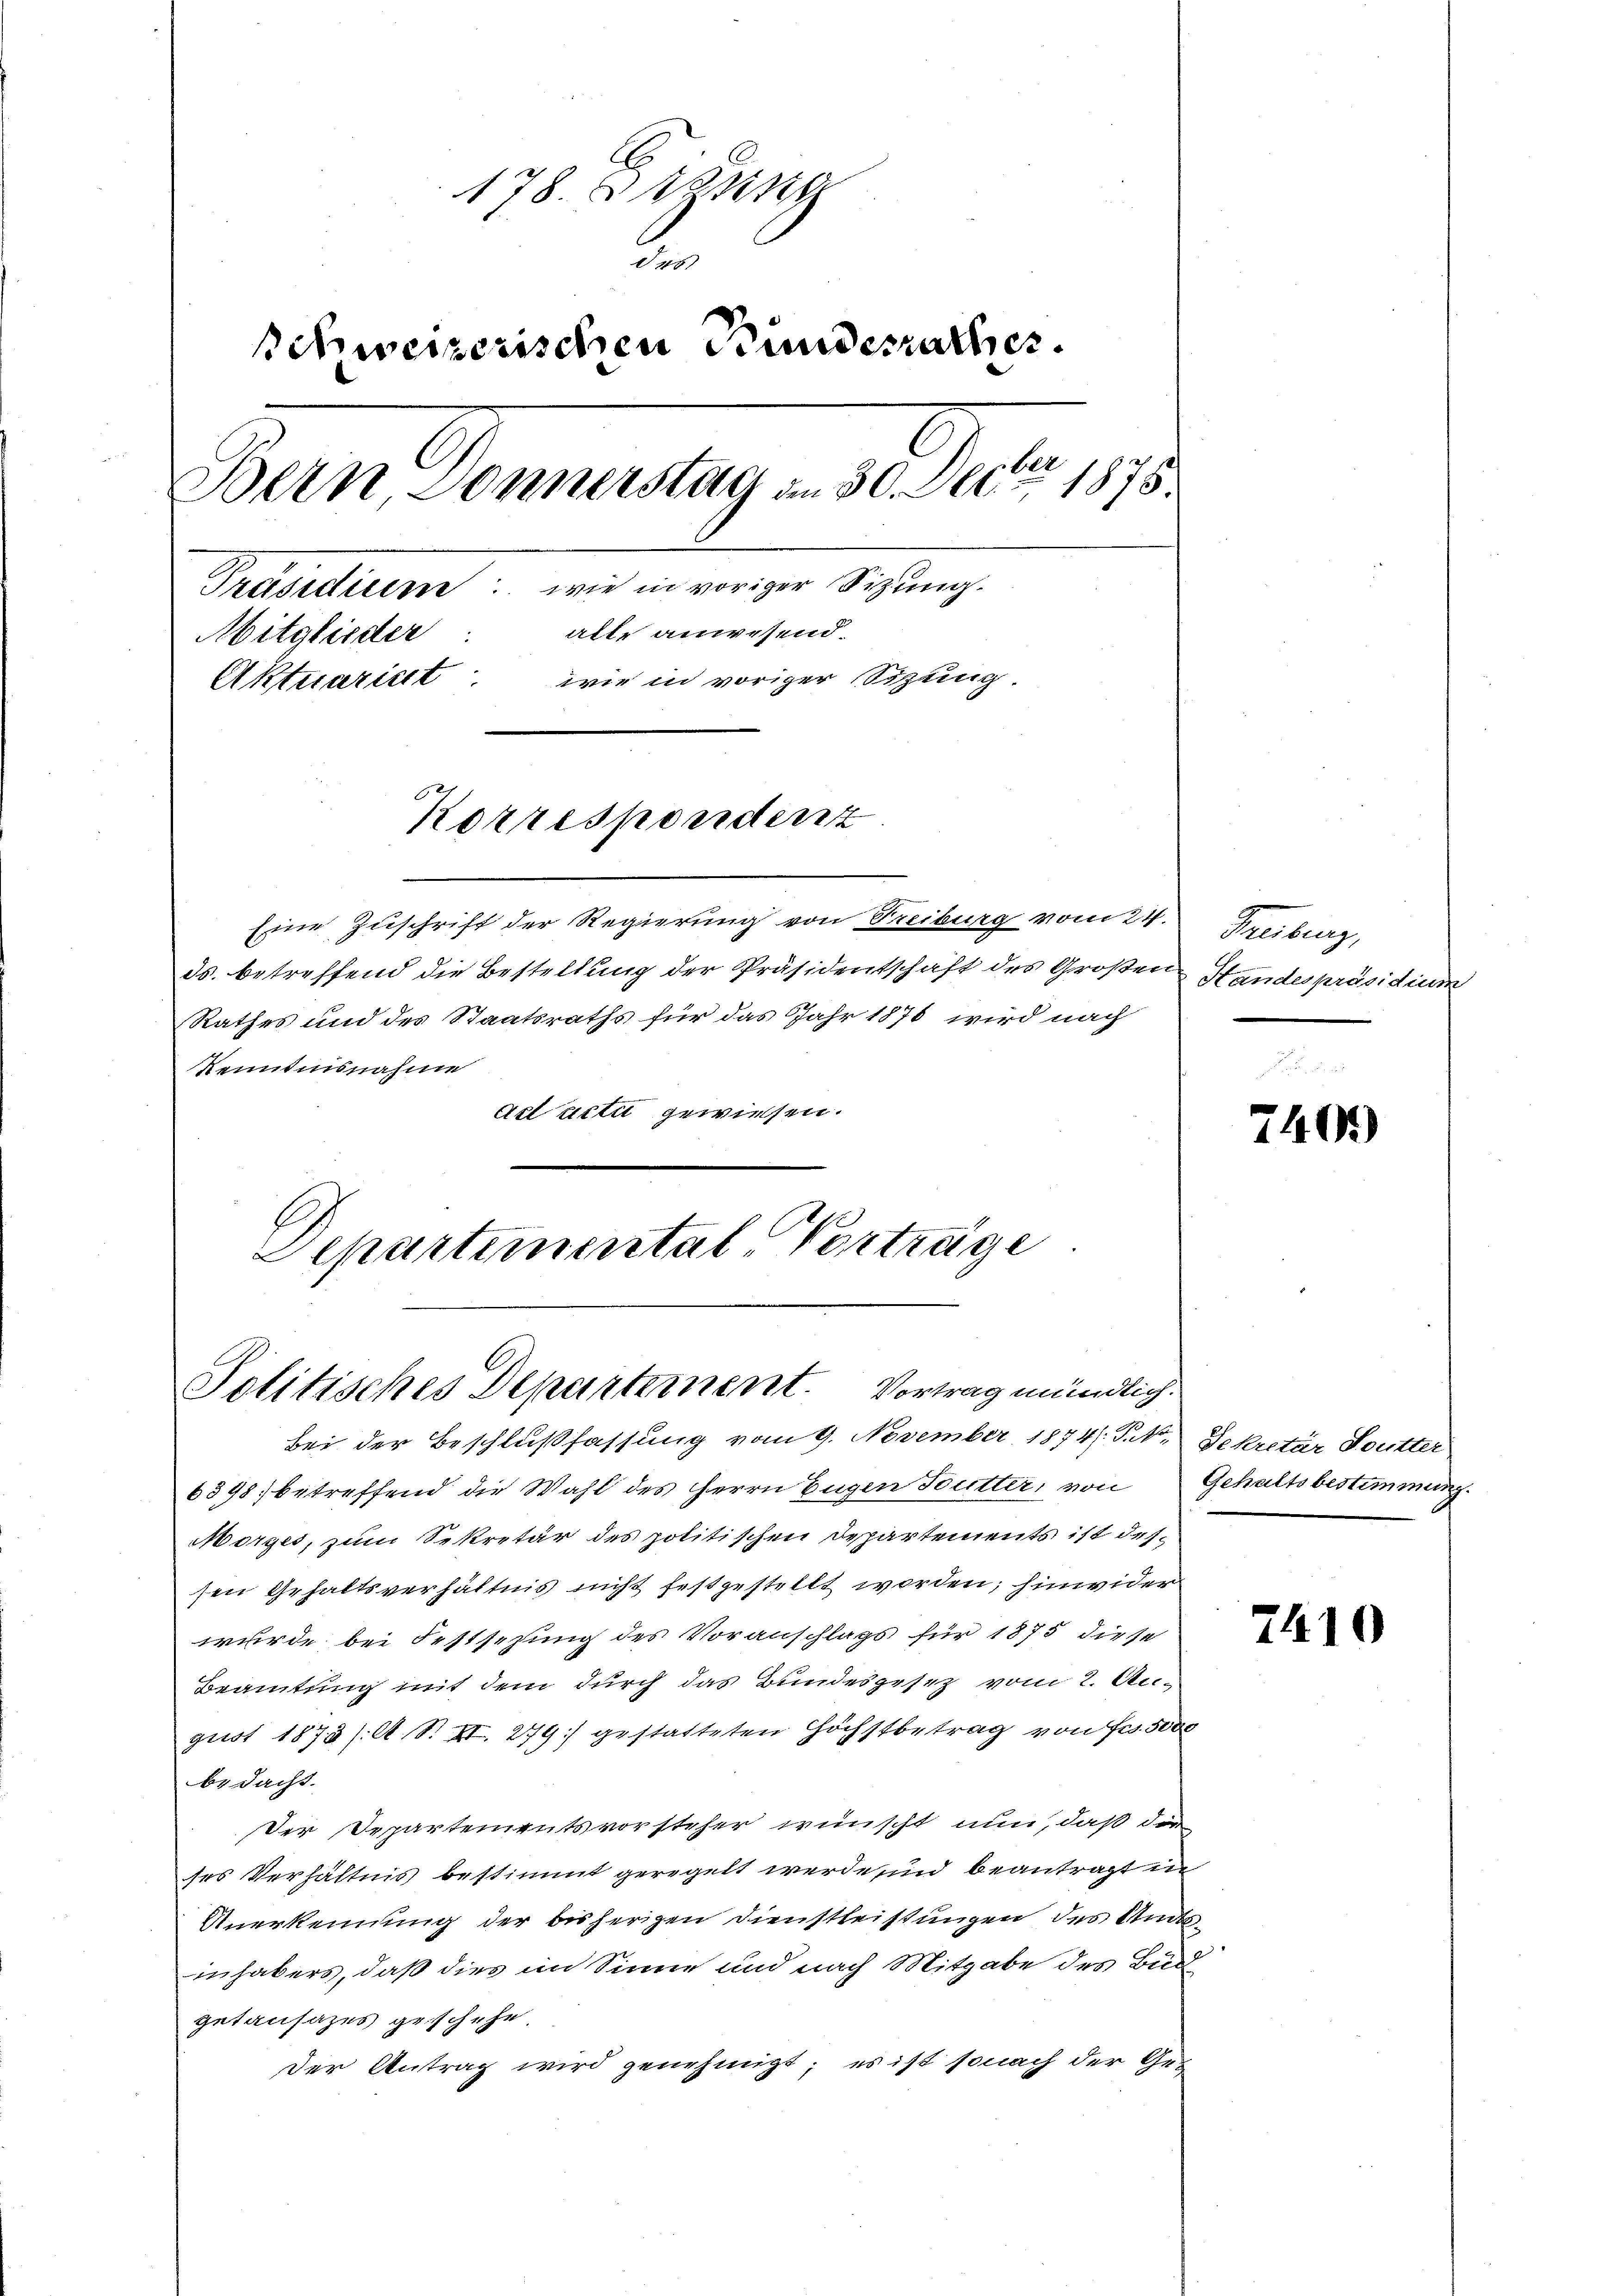
178. Diezing
2.
schweizerischen Bundesrathes.
Bern Donnerstag am 30. Dector 1875.
Präsidiere: wie in voriger Sitzung.
alte anwesend.
Mitglieder
Aktuarielt wie in voriger Sitzung.
Korrespondenz

Eine Zuschrift der Regierung von Freiburg vom 24
ds. betreffend die Bestellung der Präsidentschaft des Große
Rathes und des Staatsraths für das Jahr 1876 wird nach
Renntnisnahme
Act acti gewiesen.

Departemental-Vorträge
Politisches Departement. Vortrag mündlich.

Sendung
 Standespräsidium

Bei der Beschlußfassung vom 9. November 1874. Sto, Sekretär Soutter
6398) betreffend die Wahl des Herrn Eugen Butter, von Gehaltsbestimmung.
Morges, zum Sekretär des politischen Departements ist dessen Gehaltsverhältnis nicht festgestellt worden; hinwider
wurde bei Festsetzung des Voranschlags für 1875 diese
Beamtung mit dem durch das Bundesgesetz vom 2. August 1873 /A. S. XI. 279 gestatteten Höchstbetrag von Fr. 5000
bedacht.
Der Departementsvorsteher wünscht nun, daß die
ses Verhältnis bestimmt geregelt werde und beantragt in
Anerkennung der bisherigen Dienstleistungen des Amtsinhabers, daß dies im Sinne und nach Mitgabe des Bud
getansazes geschehe.
der Antrag wird genehmigt; es ist sonach der Ge¬

7491)

7410